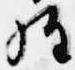
経